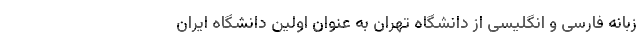
زبانه فارسی و انگلیسی از دانشگاه تهران به عنوان اولین دانشگاه ایران